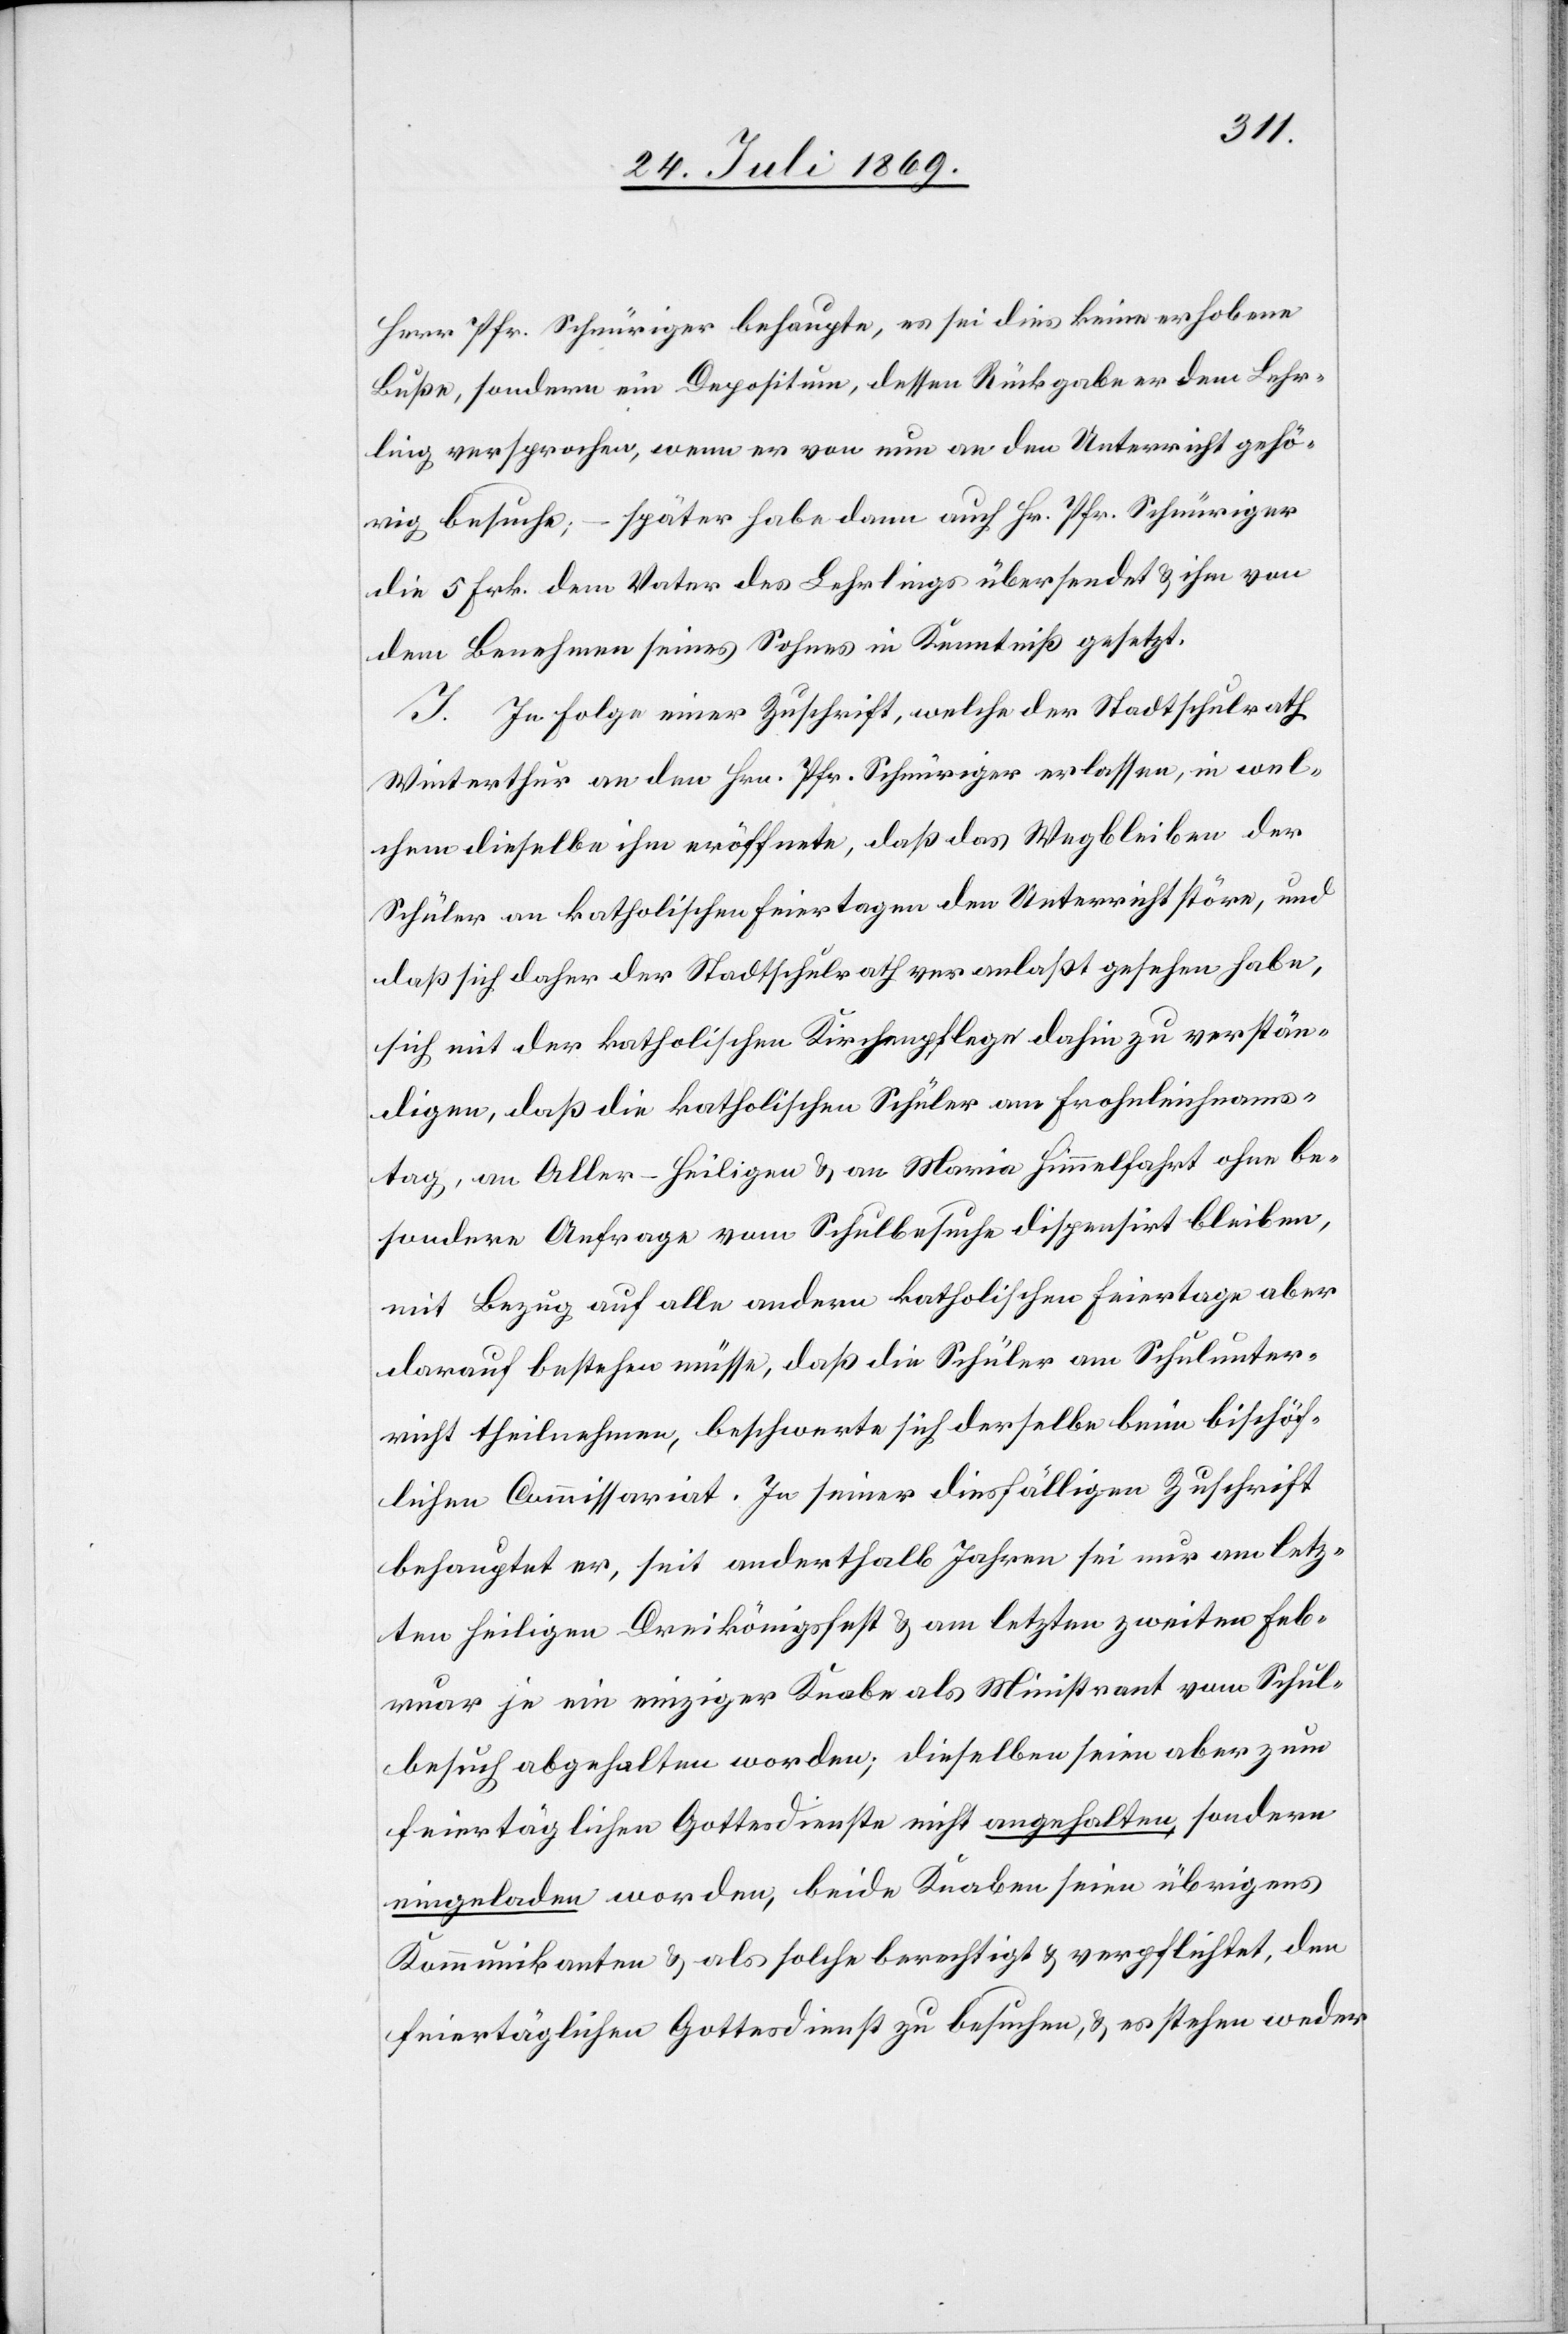
Herrn Pfr. Schnüriger behaupte, es sei dies keine erhobene
Buße, sondern ein Depositum, dessen Rückgabe er dem Lehr¬
ling versprochen, wenn er von nun an den Unterricht gehö¬
rig besuche; – später habe dann auch Hr. Pfr. Schnüriger
die 5 Frk. dem Vater des Lehrlings übersendet u. ihm von
dem Benehmen seines Sohnes in Kenntniß gesetzt.
J. In Folge einer Zuschrift, welche der Stadtschulrath
Winterthur an den Hrn. Pfr. Schnüriger erlassen, in wel¬
chem dieselbe ihm eröffnete, daß das Wegbleiben der
Schüler an katholischen Feiertagen den Unterricht störe, und
daß sich daher der Stadtschulrath veranlaßt gesehen habe,
sich mit der katholischen Kirchenpflege dahin zu verstän¬
digen, daß die katholischen Schüler am Frohnleichnams¬
tag, an Aller-Heiligen u. an Maria Himmelfahrt ohne be¬
sondere Anfrage vom Schulbesuche dispensirt bleiben,
mit Bezug auf alle andern katholischen Feiertage aber
darauf bestehen müsse, daß die Schüler am Schulunter¬
richt teilnehmen, beschwerte sich derselbe beim bischöf¬
lichen Commissariat. In seiner diesfälligen Zuschrift
behauptet er, seit anderthalb Jahren sei nur am letzten
heiligen heiligen Dreikönigsfest u. am letzten zweiten Feb¬
ruar je ein einziger Knabe als Ministrant vom Schul¬
hausbesuch abgehalten worden; dieselben seien aber zum
feiertäglichen Gottesdienste nicht angehalten, sondern
eingeladen worden, beide Knaben seien übrigens
Kommunikanten u. als solche berechtigt u. verpflichtet, den
feiertäglichen Gottesdienste zu besuchen, u. es stehen weder